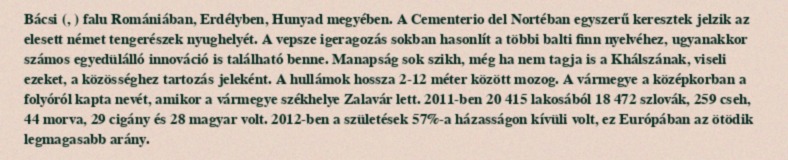
Bácsi (, ) falu Romániában, Erdélyben, Hunyad megyében. A Cementerio del Nortéban egyszerű keresztek jelzik az elesett német tengerészek nyughelyét. A vepsze igeragozás sokban hasonlít a többi balti finn nyelvéhez, ugyanakkor számos egyedülálló innováció is található benne. Manapság sok szikh, még ha nem tagja is a Khálszának, viseli ezeket, a közösséghez tartozás jeleként. A hullámok hossza 2-12 méter között mozog. A vármegye a középkorban a folyóról kapta nevét, amikor a vármegye székhelye Zalavár lett. 2011-ben 20 415 lakosából 18 472 szlovák, 259 cseh, 44 morva, 29 cigány és 28 magyar volt. 2012-ben a születések 57%-a házasságon kívüli volt, ez Európában az ötödik legmagasabb arány.